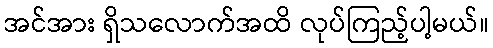
အင်အား ရှိသလောက်အထိ လုပ်ကြည့်ပါ့မယ်။